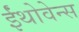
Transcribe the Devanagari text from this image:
ईंथोवेन्स